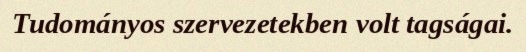
Tudományos szervezetekben volt tagságai.